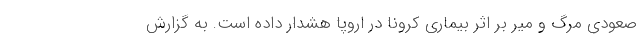
صعودی مرگ و میر بر اثر بیماری کرونا در اروپا هشدار داده است. به گزارش